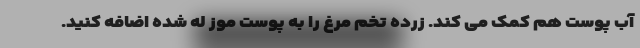
آب پوست هم کمک می کند. زرده تخم مرغ را به پوست موز له شده اضافه کنید.